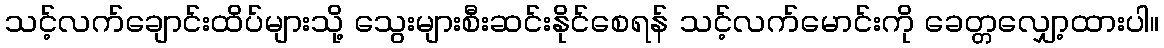
သင့်လက်ချောင်းထိပ်များသို့ သွေးများစီးဆင်းနိုင်စေရန် သင့်လက်မောင်းကို ခေတ္တလျှော့ထားပါ။